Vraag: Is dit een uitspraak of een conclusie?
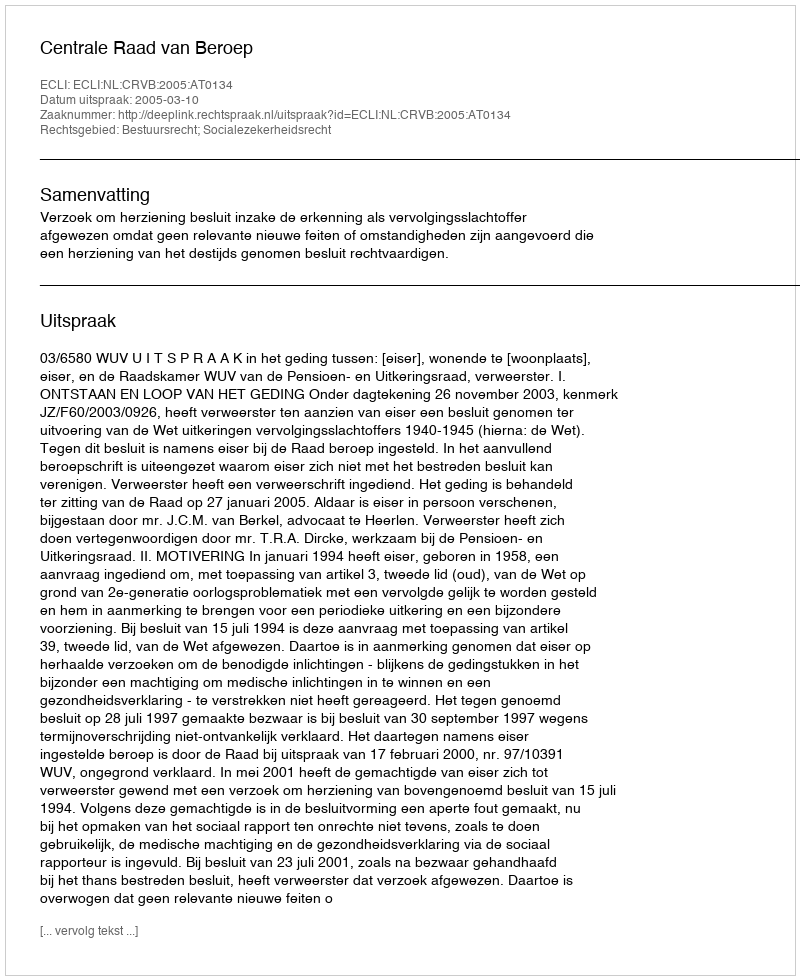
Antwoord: Uitspraak